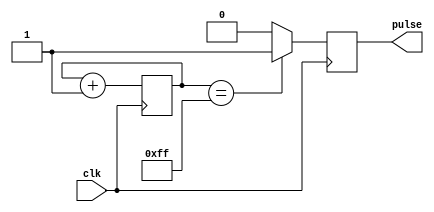
module synchronous_pulse_generator (
  input wire clk,
  output reg pulse
);

reg [7:0] count;

always @ (posedge clk) begin
  count <= count + 1;
  if (count == 255) begin
    pulse <= 1;
  end else begin
    pulse <= 0;
  end
end

endmodule